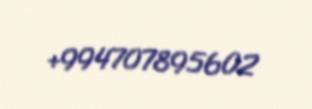
+994707895602